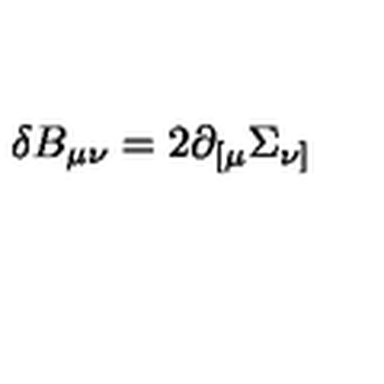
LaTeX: \delta B _ { \mu \nu } = 2 \partial _ { [ \mu } \Sigma _ { \nu ] } \,